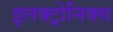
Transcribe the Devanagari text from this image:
इलक्ट्रोनिक्स